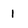
Character: 1